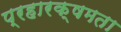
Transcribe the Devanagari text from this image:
प्रहारक्षमता